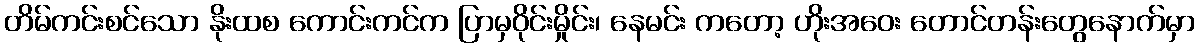
တိမ်ကင်းစင်သော နိုးထစ ကောင်းကင်က ပြာမှဝိုင်းမှိုင်း၊ နေမင်း ကတော့ ဟိုးအဝေး တောင်တန်းတွေနောက်မှာ